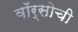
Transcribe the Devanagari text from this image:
वॉर्सोची